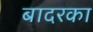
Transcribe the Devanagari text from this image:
बादरका